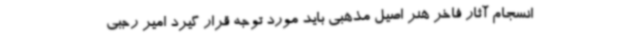
انسجام آثار فاخر هنر اصیل مذهبی باید مورد توجه قرار گیرد امیر رجبی